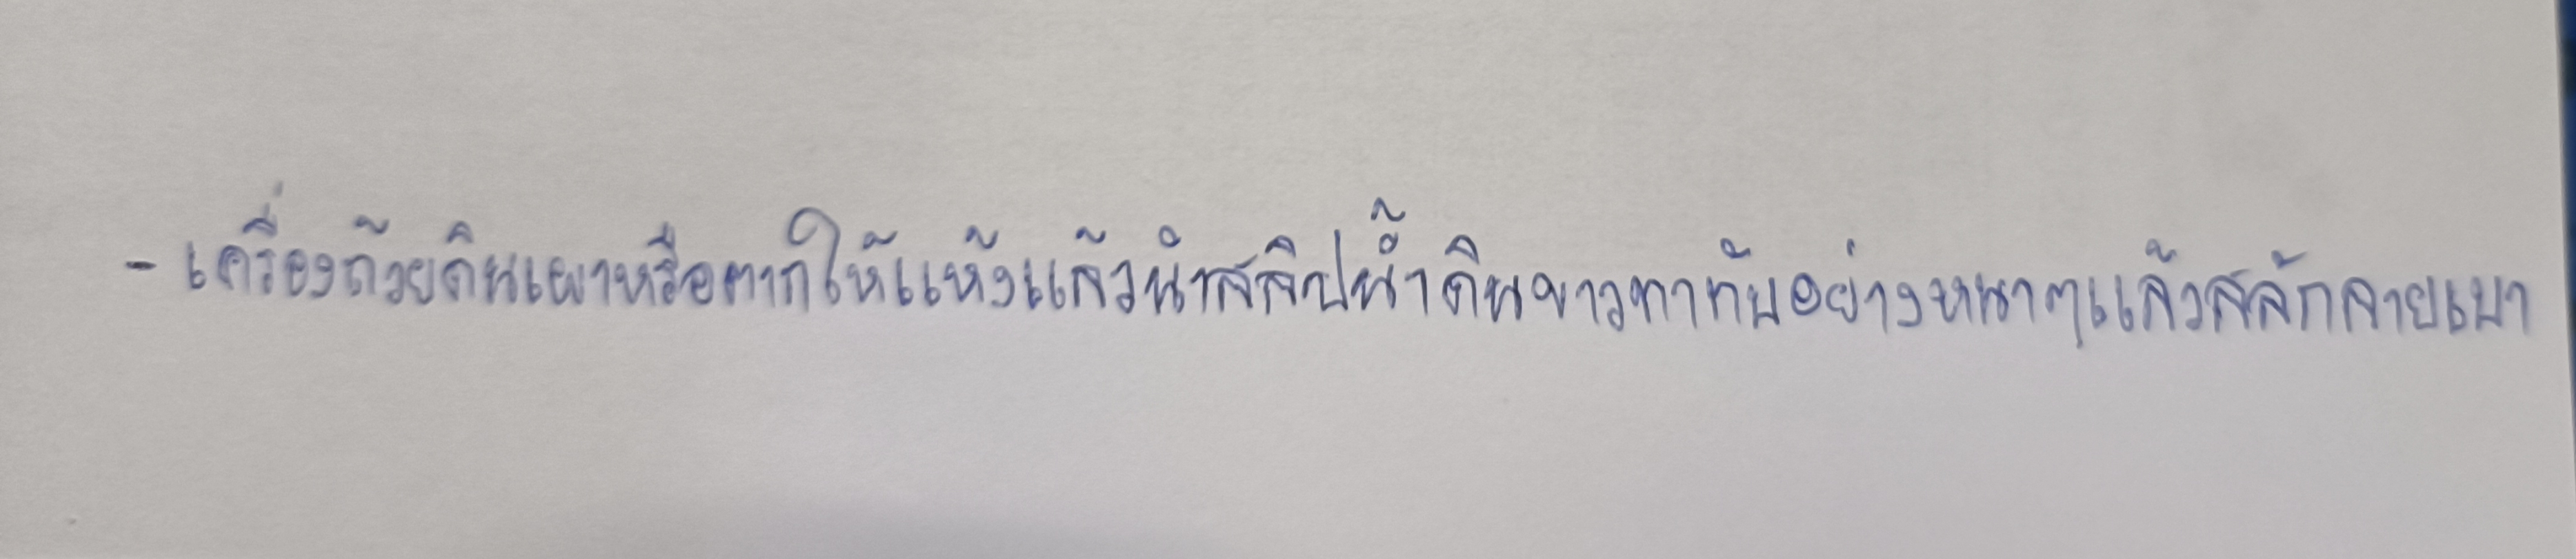
-เครื่องถ้วยดินเผาหรือตากให้แห้งแล้วนำสลิปน้ำดินขาวทาทับอย่างหนาๆแล้วสลักลายเบา